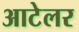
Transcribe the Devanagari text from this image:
आटेलर